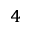
_ { 4 }